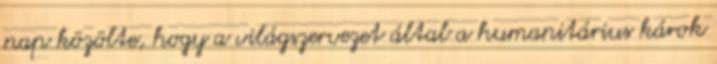
nap közölte, hogy a világszervezet által a humanitárius károk